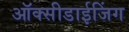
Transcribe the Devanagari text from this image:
ऑक्सीडाईजिंग